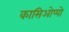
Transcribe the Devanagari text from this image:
कासिओप्पो